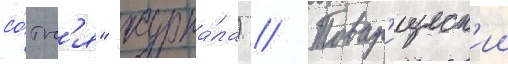
со́тн'я" журна́ла) // Товар'ищеск'ии